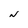
Character: N